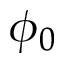
\phi _ { 0 }